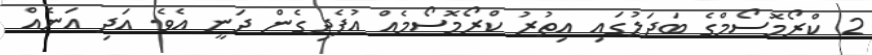
2 ކްރޯމޮސޯމްގެ ބަދަލުގައި އިތުރު ކްރޯމޮސޯމެއް އުފެދިގެން ދަނީ އެވެ. އަދި އަނެއް